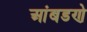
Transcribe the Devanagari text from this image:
आंबडणे